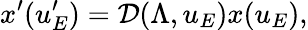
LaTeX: x^{\prime}(u_{E}^{\prime})=\mathcal{D}(\Lambda,u_{E})x(u_{E}),